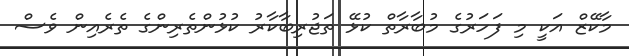
މާކޭޒް އަކީ މި ފަހަރުގެ މުބާރާތް ކުޅޭ ތަޖުރިބާކާރު ކުޅުންތެރިންގެ ތެރެއިން ވެސް